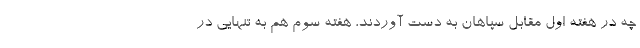
چه در هفته اول مقابل سپاهان به دست آوردند، هفته سوم هم به تنهایی در